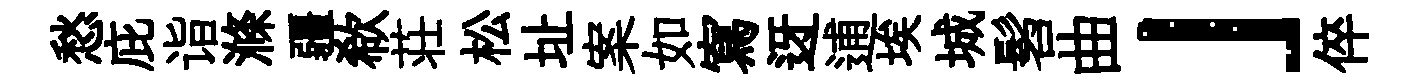
愁庇诣滌疆欷荘松址案如寫迓逋埃城髫曲」倅